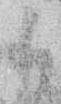
ハ